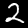
Digit: 2